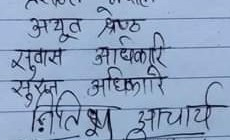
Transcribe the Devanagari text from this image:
अच्यूत श्रेष्ठ
सुवास अधिकारी
सुरत अधिकारी
निश्पित्थ्य आचार्य